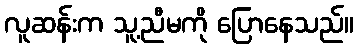
လူဆန်းက သူ့ညီမကို ပြောနေသည်။